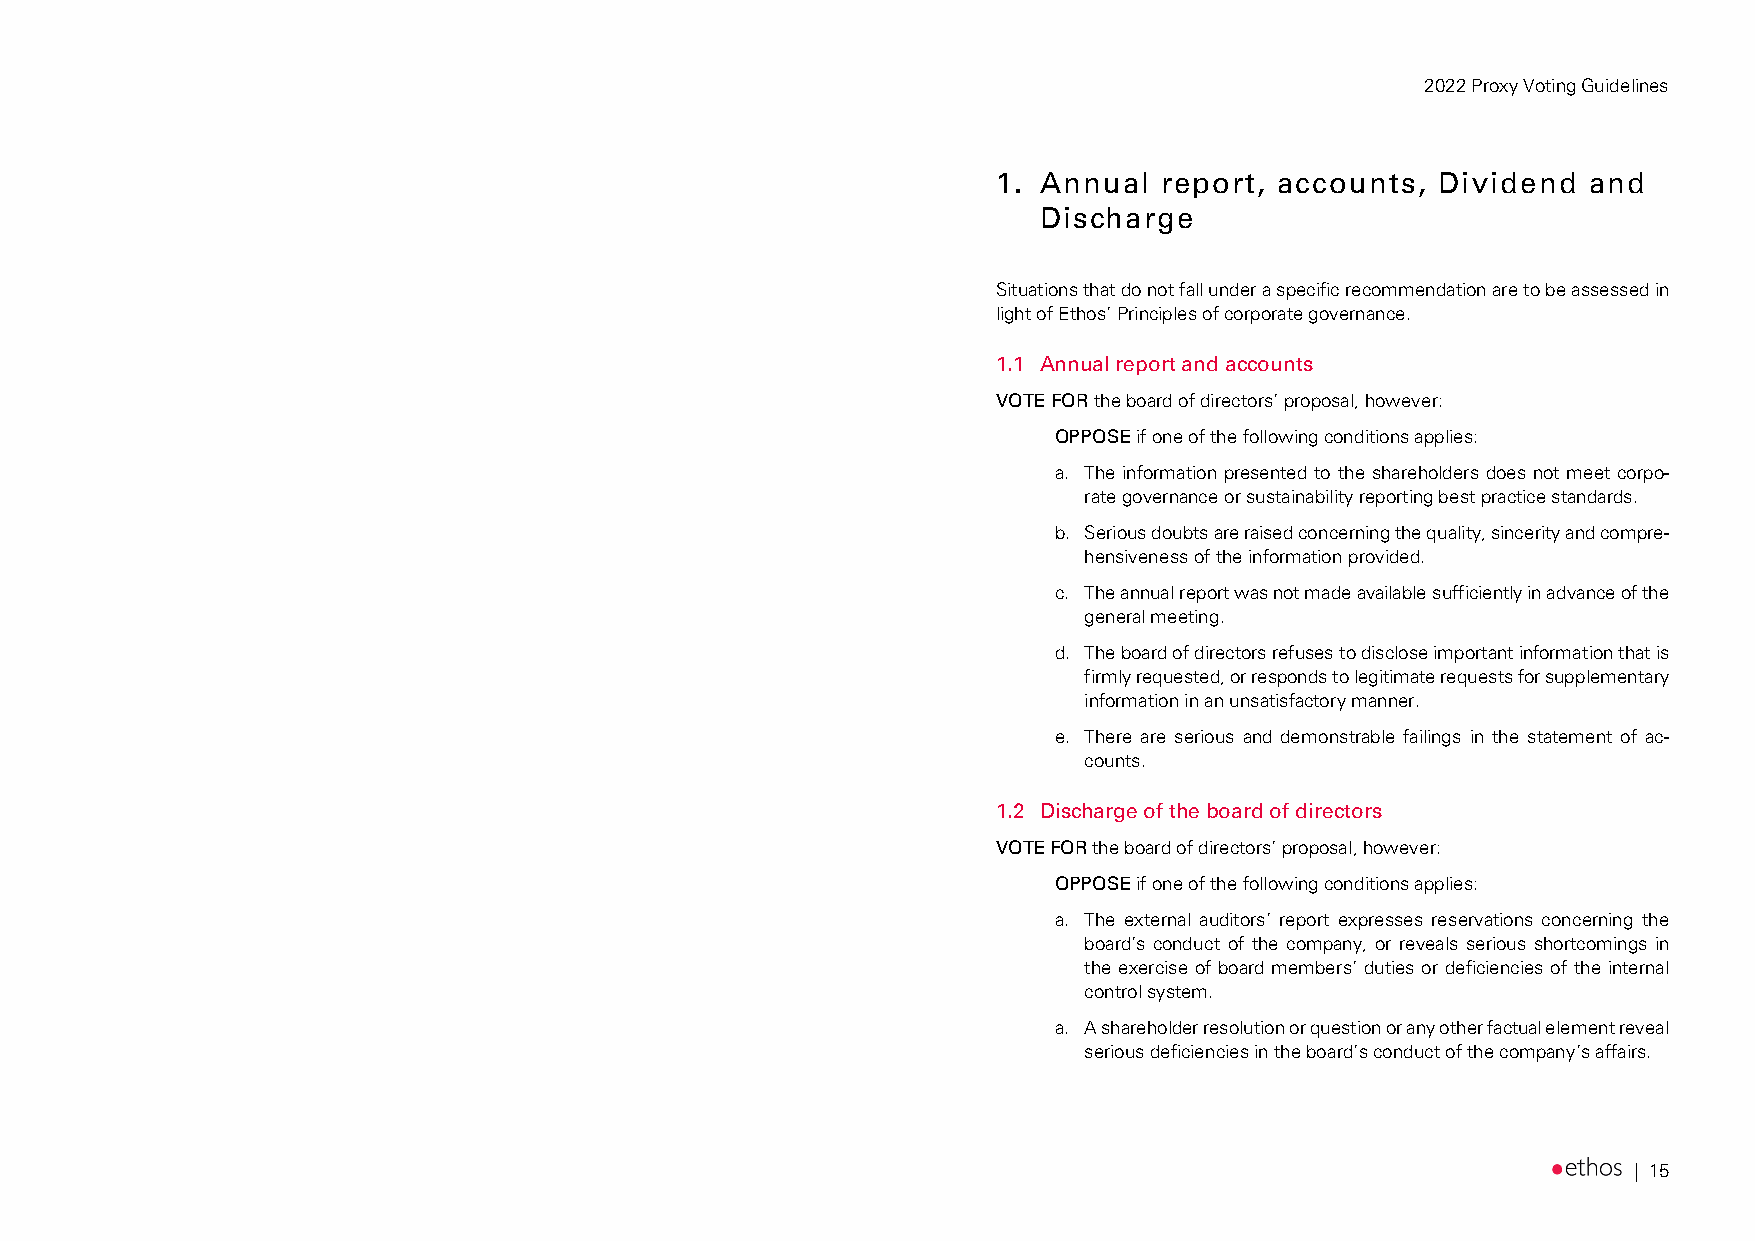
2022 Proxy Voting Guidelines
 1. Annual  report, accounts, Dividend  and
 Discharge
 Situations that do not fall under a specific recommendation are to be assessed in
 light of Ethos’ Principles of corporate governance.
 1.1 Annual report and accounts
 VOTE FOR the board of directors’ proposal, however:
 OPPOSE if one of the following conditions applies:
 a. The information presented to the shareholders does not meet corpo-
 rate governance or sustainability reporting best practice standards.
 b. Serious doubts are raised concerning the quality, sincerity and compre-
 hensiveness of the information provided.
 c. The annual report was not made available sufficiently in advance of the
 general meeting.
 d. The board of directors refuses to disclose important information that is
 firmly requested, or responds to legitimate requests for supplementary
 information in an unsatisfactory manner.
 e. There are serious and demonstrable failings in the statement of ac-
 counts.
 1.2 Discharge of the board of directors
 VOTE FOR the board of directors’ proposal, however:
 OPPOSE if one of the following conditions applies:
 a. The external auditors’ report expresses reservations concerning the
 board’s conduct of the company, or reveals serious shortcomings in
 the exercise of board members’ duties or deficiencies of the internal
 control system.
 a. A shareholder resolution or question or any other factual element reveal
 serious deficiencies in the board’s conduct of the company’s affairs.
 | 15